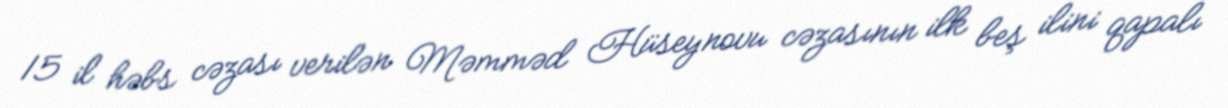
15 il həbs cəzası verilən Məmməd Hüseynovu cəzasının ilk beş ilini qapalı